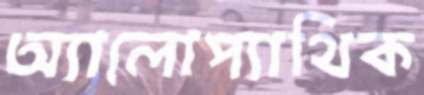
অ্যালোপ্যাথিক